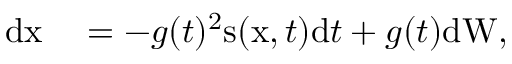
\begin{array} { r l } { \mathrm { d } \mathbf { \boldsymbol { x } } } & { { } = - g ( t ) ^ { 2 } \mathbf { \boldsymbol { s } } ( \mathbf { \boldsymbol { x } } , t ) \mathrm { d } t + g ( t ) \mathrm { d } \mathbf { \boldsymbol { W } } , } \end{array}